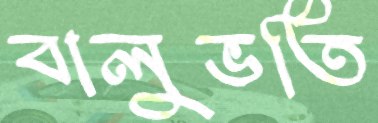
বালুভর্তি